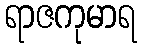
ရာဇကုမာရ